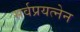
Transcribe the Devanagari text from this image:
सर्वप्रयत्नेन